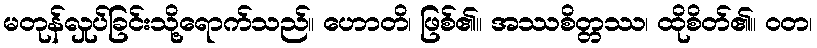
မတုန်လှုပ်ခြင်းသို့ရောက်သည်။ ဟောတိ၊ ဖြစ်၏။ အဿစိတ္တဿ၊ ထိုစိတ်၏။ ဝတ၊